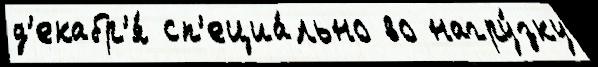
д'екабр'я́ сп'ециа́льно во нагру́зку